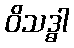
ဝိသဒ္ဓါ